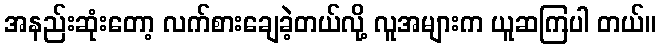
အနည်းဆုံးတော့ လက်စားချေခဲ့တယ်လို့ လူအများက ယူဆကြပါ တယ်။